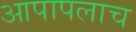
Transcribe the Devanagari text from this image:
आपापलाच